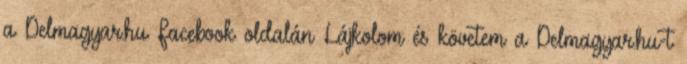
a Delmagyar.hu Facebook oldalán Lájkolom és követem a Delmagyar.hu-t